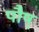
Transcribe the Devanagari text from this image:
पौष्